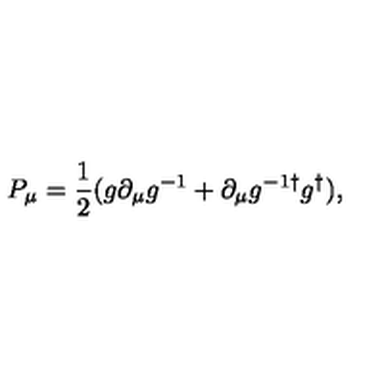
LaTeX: P _ { \mu } = { \frac { 1 } { 2 } } ( g \partial _ { \mu } g ^ { - 1 } + \partial _ { \mu } g ^ { - 1 \dagger } g ^ { \dagger } ) ,